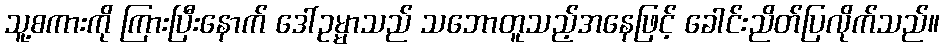
သူ့စကားကို ကြားပြီးနောက် ဒေါ်ဥမ္မာသည် သဘောတူသည့်အနေဖြင့် ခေါင်းညိတ်ပြလိုက်သည်။